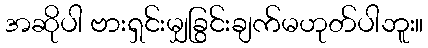
အဆိုပါ ဗားရှင်းမျှခြွင်းချက်မဟုတ်ပါဘူး။